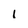
Character: l